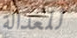
للعدالة